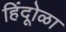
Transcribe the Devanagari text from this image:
हिंदूोळा